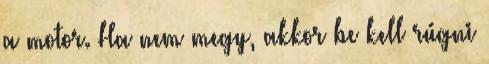
a motor. Ha nem megy, akkor be kell rúgni